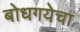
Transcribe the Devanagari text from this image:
बोधगयेचा